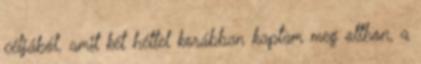
céljából, amit két héttel korábban kaptam meg otthon, a